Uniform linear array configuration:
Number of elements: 24
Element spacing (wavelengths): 0.75
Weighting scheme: cosine
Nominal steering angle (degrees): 0
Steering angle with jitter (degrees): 1.702
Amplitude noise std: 0.05
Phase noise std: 0.05

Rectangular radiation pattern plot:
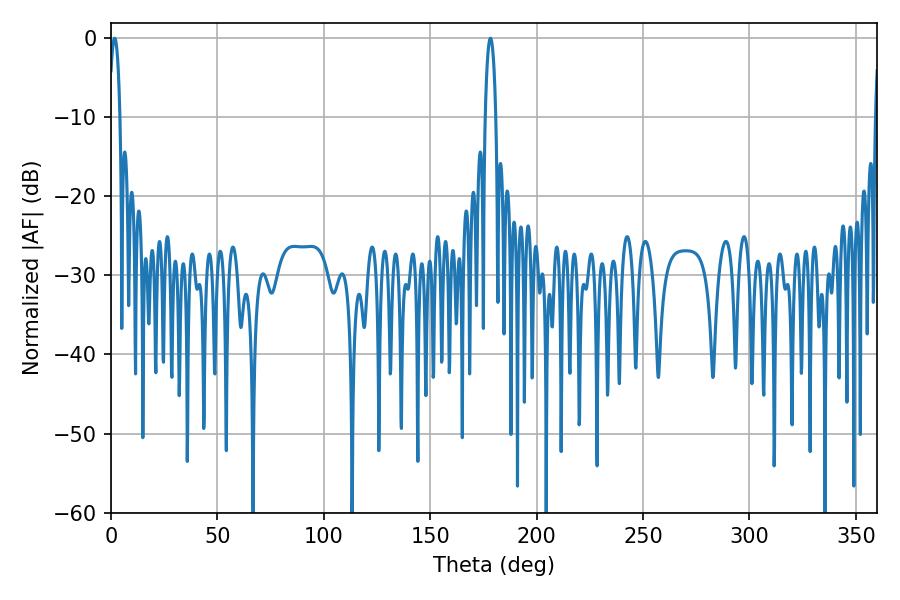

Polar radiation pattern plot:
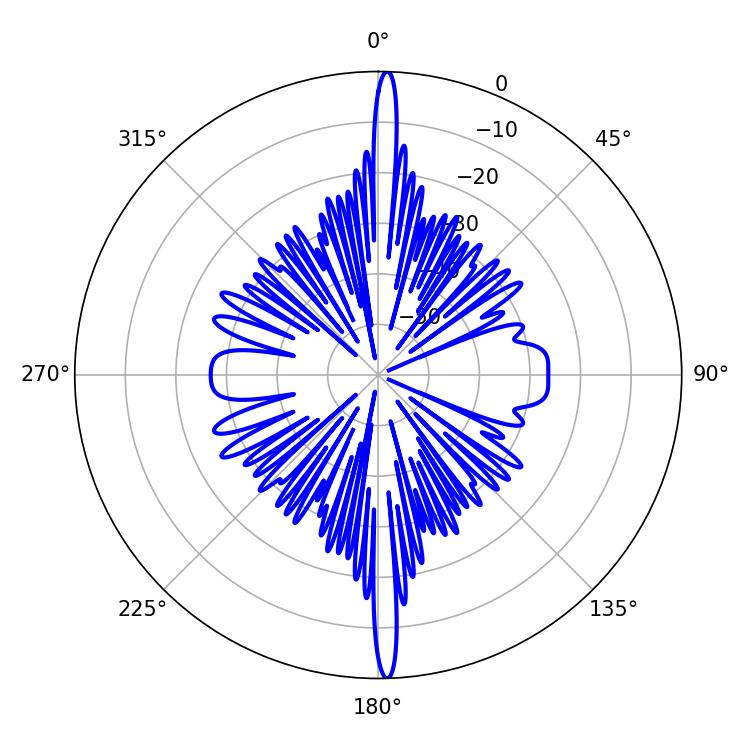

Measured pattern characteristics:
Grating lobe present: TRUE
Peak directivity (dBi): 27.953
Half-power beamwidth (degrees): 2.7
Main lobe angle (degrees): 178.38